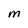
Character: M